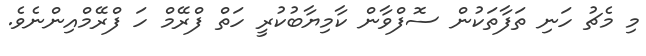
މި މެޗު ހަނި ތަފާތަކުން ސޮފްވާން ކާމިޔާބުކުރީ ހަތް ފްރޭމް ހަ ފްރޭމްއިންނެވެ.